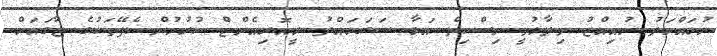
މުހައްމަދު މުއިއްޒު ވިދާޅުވީ މިސްކިތް އަޅާ ސަރަހައްދު ރީއޮރިއެންޓް ކުރުމުން ކެފޭތަކުގެ ޖާގައަށް